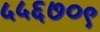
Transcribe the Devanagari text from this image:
५५६७०९